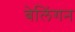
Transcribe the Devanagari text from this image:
बेलिंगन